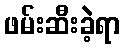
ဖမ်းဆီးခဲ့ရာ